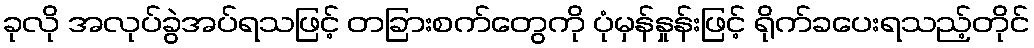
ခုလို အလုပ်ခွဲအပ်ရသဖြင့် တခြားစက်တွေကို ပုံမှန်နှုန်းဖြင့် ရိုက်ခပေးရသည့်တိုင်